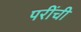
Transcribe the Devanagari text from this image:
परींची